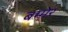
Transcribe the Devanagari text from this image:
बम्मेर